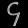
Digit: ၄